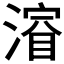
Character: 𣼂